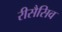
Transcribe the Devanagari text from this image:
रीसैसिव